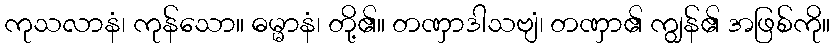
ကုသလာနံ၊ ကုန်သော။ ဓမ္မာနံ၊ တို့၏။ တဏှာဒါသဗျံ၊ တဏှာ၏ ကျွန်၏ အဖြစ်ကို။